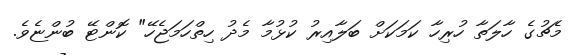
މެޗުގެ ހާލަތާ ހުރިހާ ކަމަކަށް ބަލާއިރު ކުޅުމާ މެދު ހިތްހަމަޖެހޭ" ކޮންޓޭ ބުންޏެވެ.